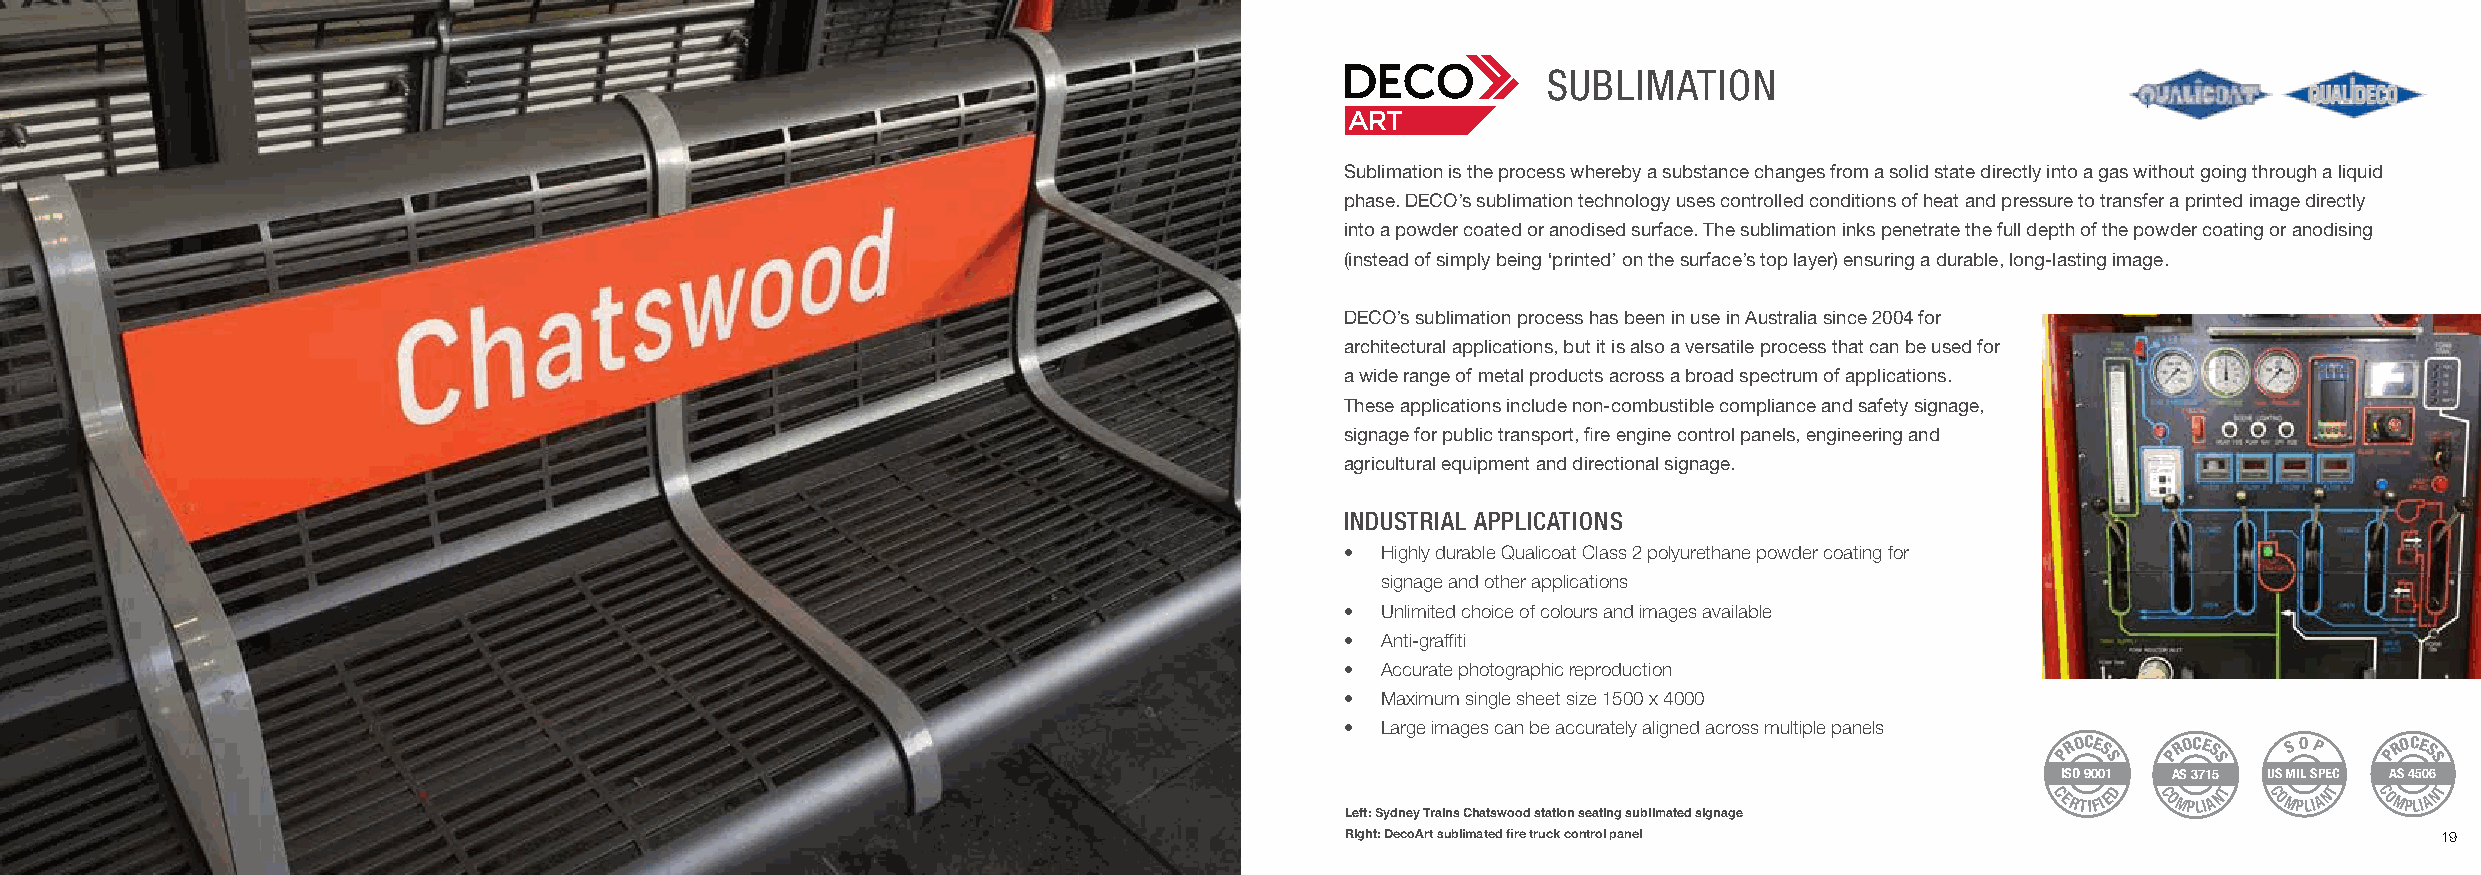
SUBLIMATION
 Sublimation is the process whereby a substance changes from a solid state directly into a gas without going through a liquid
 phase. DECO’s sublimation technology uses controlled conditions of heat and pressure to transfer a printed image directly
 into a powder coated or anodised surface. The sublimation inks penetrate the full depth of the powder coating or anodising
 (instead of simply being ‘printed’ on the surface’s top layer) ensuring a durable, long-lasting image.
 DECO’s sublimation process has been in use in Australia since 2004 for
 architectural applications, but it is also a versatile process that can be used for
 a wide range of metal products across a broad spectrum of applications.
 These applications include non-combustible compliance and safety signage,
 signage for public transport, fire engine control panels, engineering and
 agricultural equipment and directional signage.
 INDUSTRIAL APPLICATIONS
 • Highly durable Qualicoat Class 2 polyurethane powder coating for
 signage and other applications
 • Unlimited choice of colours and images available
 • Anti-graffiti
 • Accurate photographic reproduction
 • Maximum single sheet size 1500 x 4000
 • Large images can be accurately aligned across multiple panels
 PROCE S PROCE S S O P PROCE S
 S      S              S
 ISO 9001 AS 3715 US MIL SPEC AS 4506
 CERTIFIED COMPLIANT COMPLIANT COMPLIANT
 Left: Sydney Trains Chatswood station seating sublimated signage
 18                                                                                     Right: DecoArt sublimated fire truck control panel                       19